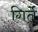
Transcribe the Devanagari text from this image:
गिर्तें